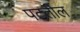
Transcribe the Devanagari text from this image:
पटतील